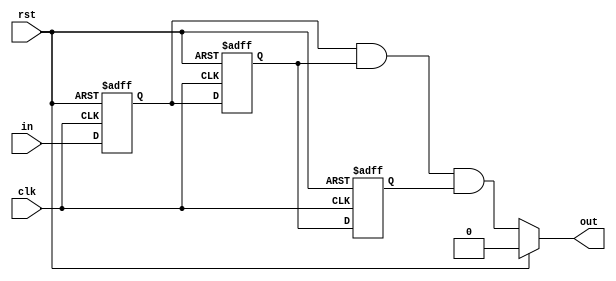
module Debouncer (
    input  clk,
    rst,
    in,
    output out
);
  reg q1 = 0, q2 = 0, q3 = 0;
  always @(posedge clk, posedge rst) begin
    if (rst == 1'b1) begin
      q1 <= 0;
      q2 <= 0;
      q3 <= 0;
    end else begin
      q1 <= in;
      q2 <= q1;
      q3 <= q2;
    end
  end
  assign out = (rst) ? 0 : q1 & q2 & q3;
endmodule  // end Debouncer